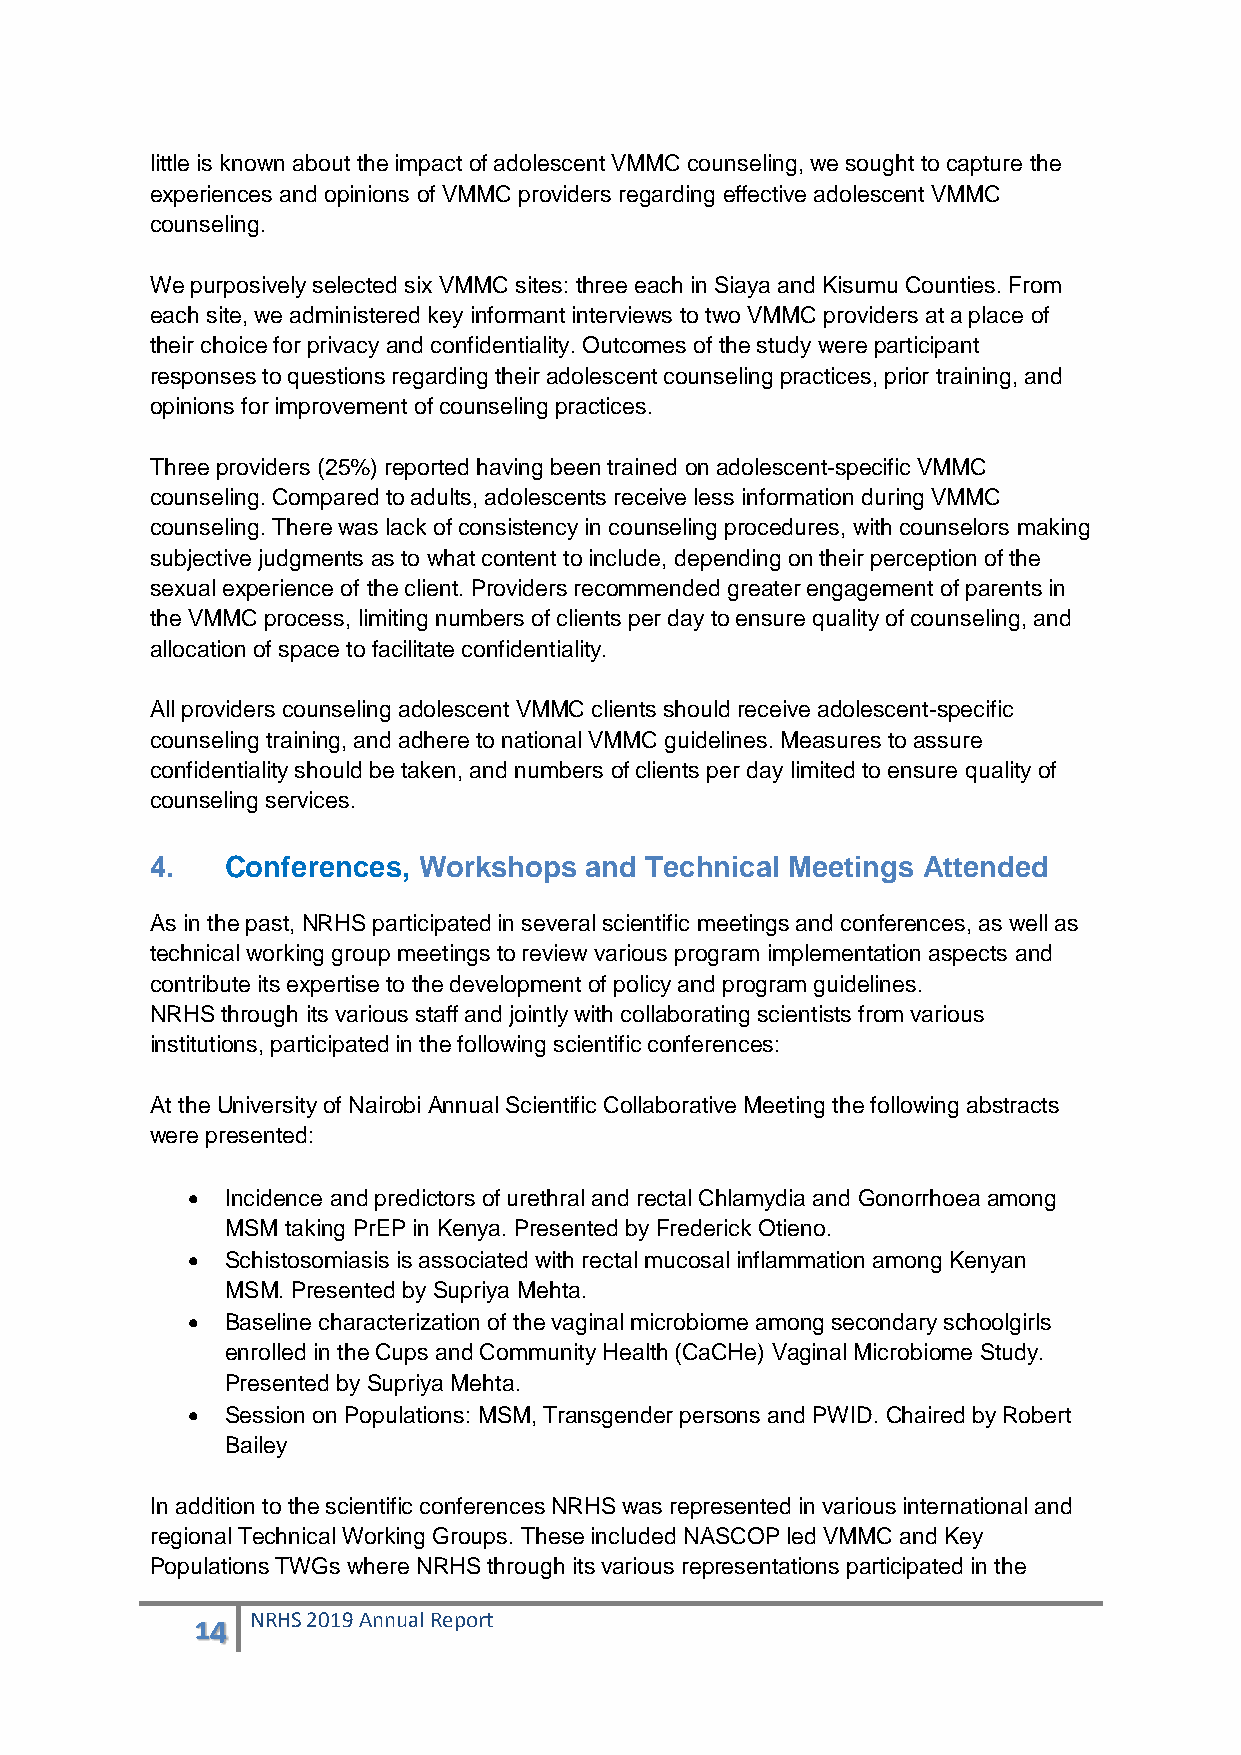
little is known about the impact of adolescent VMMC counseling, we sought to capture the
 experiences and opinions of VMMC providers regarding effective adolescent VMMC
 counseling.
 We purposively selected six VMMC sites: three each in Siaya and Kisumu Counties. From
 each site, we administered key informant interviews to two VMMC providers at a place of
 their choice for privacy and confidentiality. Outcomes of the study were participant
 responses to questions regarding their adolescent counseling practices, prior training, and
 opinions for improvement of counseling practices.
 Three providers (25%) reported having been trained on adolescent-specific VMMC
 counseling. Compared to adults, adolescents receive less information during VMMC
 counseling. There was lack of consistency in counseling procedures, with counselors making
 subjective judgments as to what content to include, depending on their perception of the
 sexual experience of the client. Providers recommended greater engagement of parents in
 the VMMC process, limiting numbers of clients per day to ensure quality of counseling, and
 allocation of space to facilitate confidentiality.
 All providers counseling adolescent VMMC clients should receive adolescent-specific
 counseling training, and adhere to national VMMC guidelines. Measures to assure
 confidentiality should be taken, and numbers of clients per day limited to ensure quality of
 counseling services.
 4.   Conferences, Workshops  and Technical Meetings Attended
 As in the past, NRHS participated in several scientific meetings and conferences, as well as
 technical working group meetings to review various program implementation aspects and
 contribute its expertise to the development of policy and program guidelines.
 NRHS through its various staff and jointly with collaborating scientists from various
 institutions, participated in the following scientific conferences:
 At the University of Nairobi Annual Scientific Collaborative Meeting the following abstracts
 were presented:
   Incidence and predictors of urethral and rectal Chlamydia and Gonorrhoea among
 MSM taking PrEP in Kenya. Presented by Frederick Otieno.
   Schistosomiasis is associated with rectal mucosal inflammation among Kenyan
 MSM. Presented by Supriya Mehta.
   Baseline characterization of the vaginal microbiome among secondary schoolgirls
 enrolled in the Cups and Community Health (CaCHe) Vaginal Microbiome Study.
 Presented by Supriya Mehta.
   Session on Populations: MSM, Transgender persons and PWID. Chaired by Robert
 Bailey
 In addition to the scientific conferences NRHS was represented in various international and
 regional Technical Working Groups. These included NASCOP led VMMC and Key
 Populations TWGs where NRHS through its various representations participated in the
 14  NRHS 2019 Annual Report